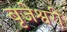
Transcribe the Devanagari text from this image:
बृजेश्वरी